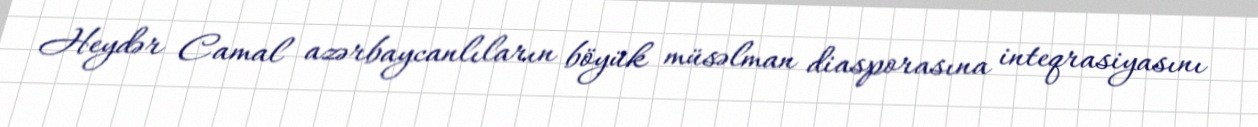
Heydər Camal azərbaycanlıların böyük müsəlman diasporasına inteqrasiyasını